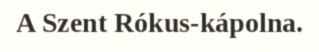
A Szent Rókus-kápolna.